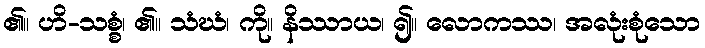
၏။ ဟိ-သစ္စံ၊ ၏။ သံဃံ၊ ကို။ နိဿာယ၊ ၍။ လောကဿ၊ အလုံးစုံသော